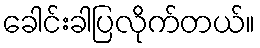
ခေါင်းခါပြလိုက်တယ်။